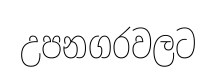
උපනගරවලට